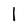
Character: l